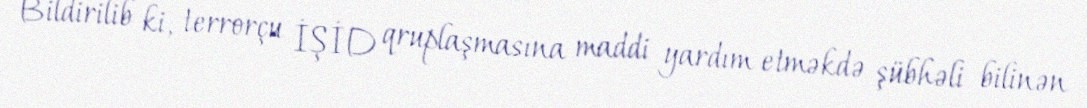
Bildirilib ki, terrorçu İŞİD qruplaşmasına maddi yardım etməkdə şübhəli bilinən